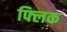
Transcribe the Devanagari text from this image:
फ्‍लिक